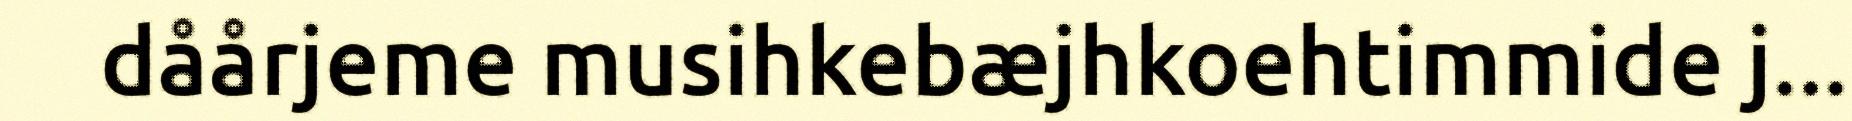
dåårjeme musihkebæjhkoehtimmide j...